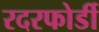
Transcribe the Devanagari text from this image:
रदरफोर्डी